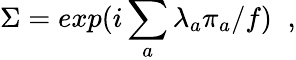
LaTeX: \Sigma=exp(i\sum_{a}\lambda_{a}\pi_{a}/f)\; \; ,